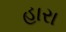
હારા